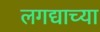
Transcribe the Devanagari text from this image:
लगद्याच्या